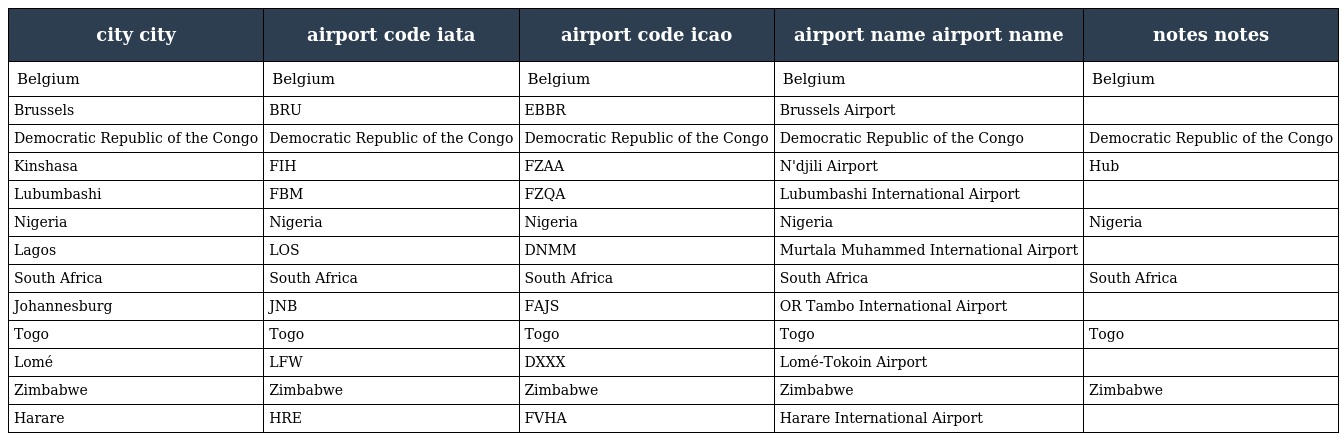
| city city | airport code iata | airport code icao | airport name airport name | notes notes |
 | --- | --- | --- | --- | --- |
 | Belgium | Belgium | Belgium | Belgium | Belgium |
 | Brussels | BRU | EBBR | Brussels Airport |  |
 | Democratic Republic of the Congo | Democratic Republic of the Congo | Democratic Republic of the Congo | Democratic Republic of the Congo | Democratic Republic of the Congo |
 | Kinshasa | FIH | FZAA | N'djili Airport | Hub |
 | Lubumbashi | FBM | FZQA | Lubumbashi International Airport |  |
 | Nigeria | Nigeria | Nigeria | Nigeria | Nigeria |
 | Lagos | LOS | DNMM | Murtala Muhammed International Airport |  |
 | South Africa | South Africa | South Africa | South Africa | South Africa |
 | Johannesburg | JNB | FAJS | OR Tambo International Airport |  |
 | Togo | Togo | Togo | Togo | Togo |
 | Lomé | LFW | DXXX | Lomé-Tokoin Airport |  |
 | Zimbabwe | Zimbabwe | Zimbabwe | Zimbabwe | Zimbabwe |
 | Harare | HRE | FVHA | Harare International Airport |  |